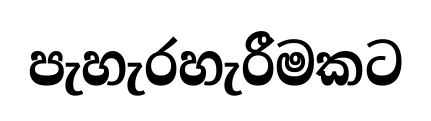
පැහැරහැරීමකට